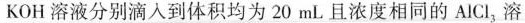
KOH溶液分别滴入到体积均为20mL且浓度相同的AlCl_{3}，溶